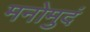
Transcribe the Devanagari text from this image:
मनोमुदं